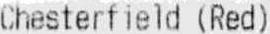
CHESTERFIELD (RED)